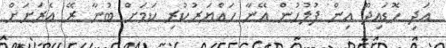
އަދި ހޮޑައިދޫ އިން ފުލުހުން އޭނާ ހައްޔަރުކުރި ކަމަށް ބުނާ ރޭ އެރަށަށް